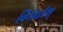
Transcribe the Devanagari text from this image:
विरोधीश्